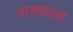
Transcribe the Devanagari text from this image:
नाक्याला